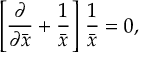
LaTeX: \left[ { \frac { \partial } { \partial \bar { x } } } + { \frac { 1 } { \bar { x } } } \right] \, { \frac { 1 } { \bar { x } } } = 0 ,